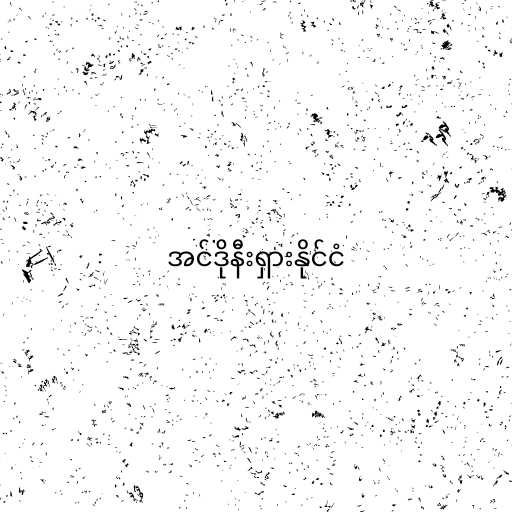
အင်ဒိုနီးရှားနိုင်ငံ